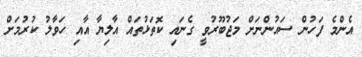
އެންމެ ފަހުން ސައުންނަށް މަޖުބޫރުވީ ގެނައި ކޮތަޅުތައް އާލިޔާ އާއި ހަވާލު ކުރުމަށް